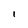
Character: 1